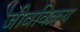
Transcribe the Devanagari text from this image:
जीवविक्रय